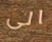
الى